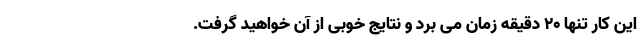
این کار تنها ۲۰ دقیقه زمان می برد و نتایج خوبی از آن خواهید گرفت.